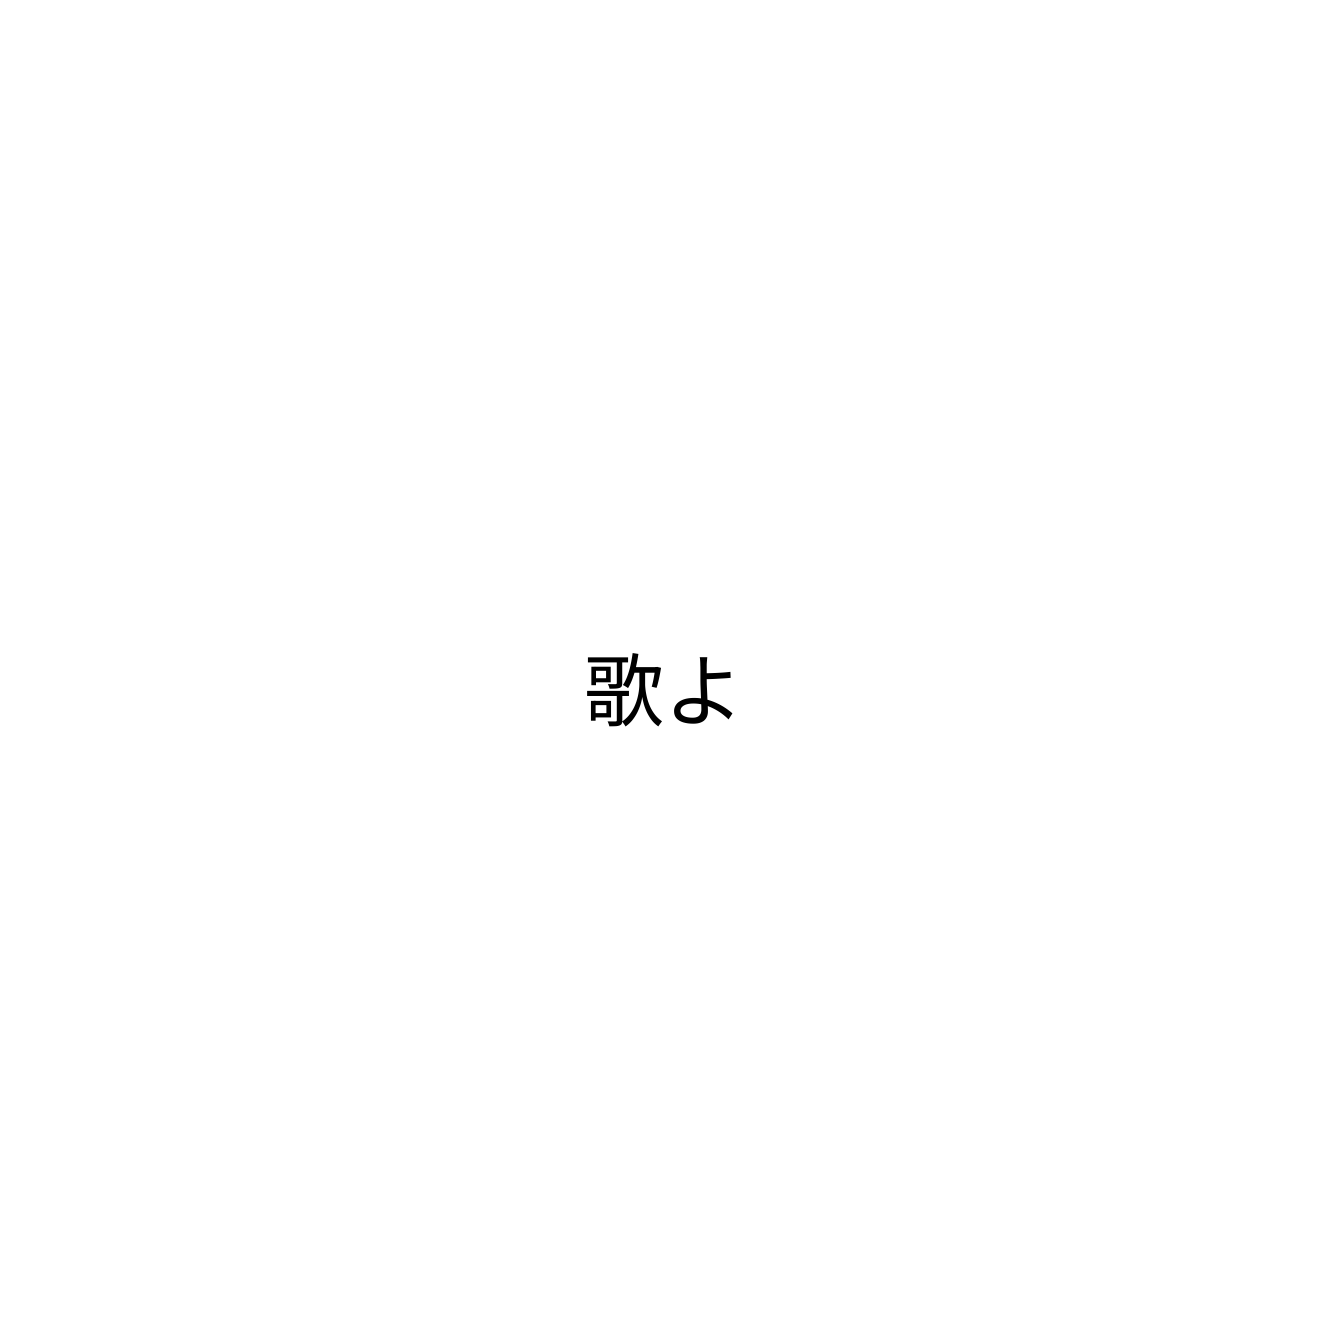
歌よ